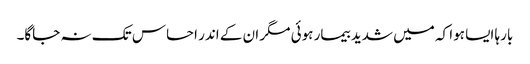
بارہا ایسا ہوا کہ میں شدید بیمار ہوئی مگر ان کے اندر احساس تک نہ جاگا۔